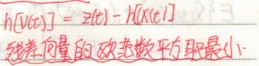
\(h[\hat{v}(t)] = z(t)-H[\hat{x}(t|t)]\) 残差向量的欧氏平方和最小: \(1\)